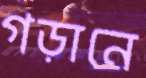
গড়ানে